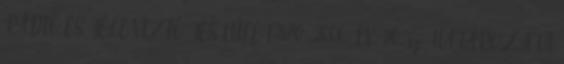
RÁDIÓ ÉS TELEVÍZIÓ TESTÜLET 870 2006. IV. 26. sz. HATÁROZATA